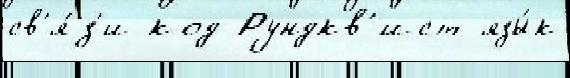
св'я́з'и код Рундкв'ист язы́к